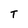
Character: T